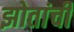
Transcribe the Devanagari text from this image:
झोतांची